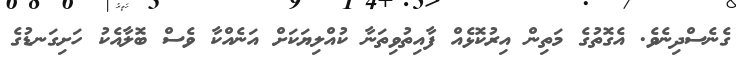
ގެނެސްދިނެވެ. އެގޮތުގެ މަތިން އިރުކޮޅެއް ފާއިތުވިތަނާ ކުއްލިޔަކަށް އަނެއްކާ ވެސް ބޮލާއެކު ހަށިގަނޑުގެ